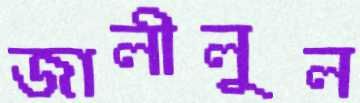
জালীলুল